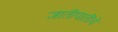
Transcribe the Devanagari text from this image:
जातीपातींचे